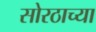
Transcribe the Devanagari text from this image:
सोरठाच्या